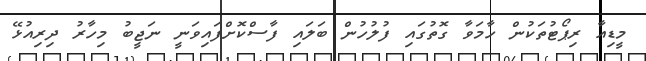
މީޑިއާ ރިޕޯޓުތަކުން ހާމަވާ ގޮތުގައި ފުލުހުން ބަލައި ފާސްކޮށްފައިވަނީ ނަޖީބު މިހާރު ދިރިއުޅޭ